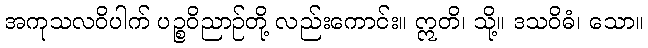
အကုသလဝိပါက် ပဉ္စဝိညာဉ်တို့ လည်းကောင်း။ ဣတိ၊ သို့။ ဒသဝိဓံ၊ သော။